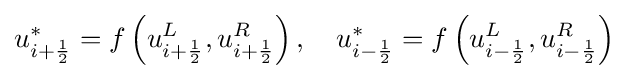
u_{i+{\frac {1}{2}}}^{*}=f\left(u_{i+{\frac {1}{2}}}^{L},u_{i+{\frac {1}{2}}}^{R}\right),\quad u_{i-{\frac {1}{2}}}^{*}=f\left(u_{i-{\frac {1}{2}}}^{L},u_{i-{\frac {1}{2}}}^{R}\right)